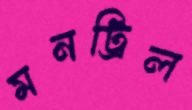
মনট্রিল